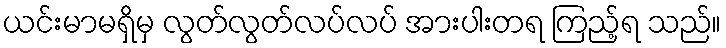
ယင်းမာမရှိမှ လွတ်လွတ်လပ်လပ် အားပါးတရ ကြည့်ရ သည်။